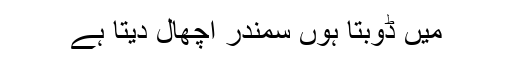
میں ڈوبتا ہوں سمندر اچھال دیتا ہے